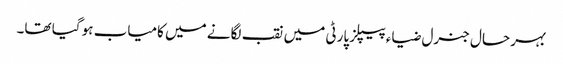
بہر حال جنرل ضیاء پیپلز پارٹی میں نقب لگانے میں کامیاب ہو گیا تھا۔